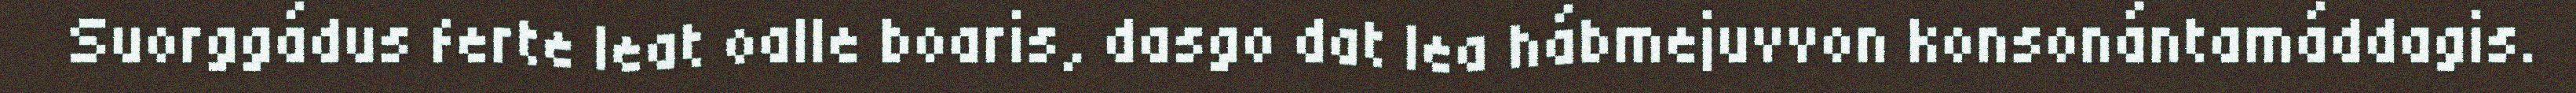
Suorggádus ferte leat oalle boaris, dasgo dat lea hábmejuvvon konsonántamáddagis.